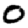
Digit: 0